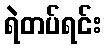
ရဲတပ်ရင်း